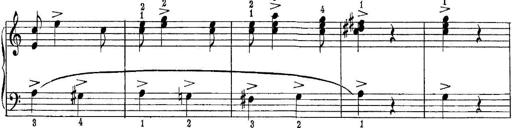
Title: Piano Sonatina No.1 in C major
Composer: Tadeusz Joteyko
Key: C major